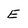
Character: E